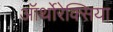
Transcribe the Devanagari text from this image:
ऑर्थोरेक्सिया